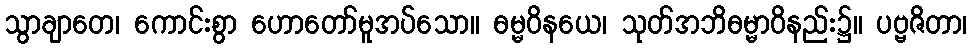
သွာချာတေ၊ ကောင်းစွာ ဟောတော်မူအပ်သော။ ဓမ္မဝိနယေ၊ သုတ်အဘိဓမ္မာဝိနည်း၌။ ပဗ္ဗဇိတာ၊